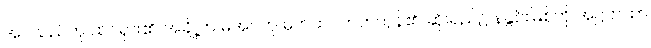
အပ်သည်ဟု ထင်ရှား၏၊ အချို့က မအပ်ဟု မှတ်ထင်တတ်ကုန်၏၊ ဆိုးရည်၌ နနွင်းမြစ်ကို အဋ္ဌကထာ